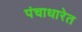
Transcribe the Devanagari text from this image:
पंचाधारेत